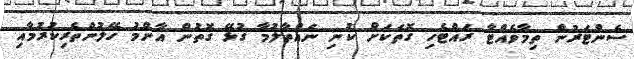
ސެންޓަރުން ތިމާވެއްޓާ ރައްޓެހި ގޮތަކަށް ކުނި ނައްތާލުމާ ގުޅޭ ގޮތުން އާންމު ހޭލުންތެރިކުރުމާއި